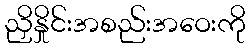
ညှိနှိုင်းအစည်းအဝေးကို